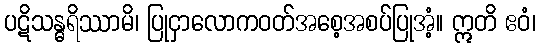
ပဋိသန္ဓရိဿာမိ၊ ပြုငှာလောကဝတ်အစေ့အစပ်ပြုအံ့။ ဣတိ ဧဝံ၊